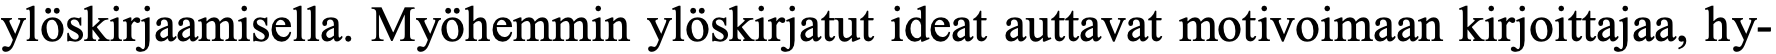
ylöskirjaamisella. Myöhemmin ylöskirjatut ideat auttavat motivoimaan kirjoittajaa, hy-